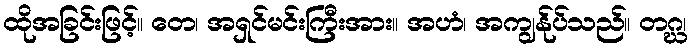
ထိုအခြင်းဖြင့်။ တေ၊ အရှင်မင်းကြီးအား။ အဟံ၊ အကျွန်ုပ်သည်။ တဂ္ဃ၊